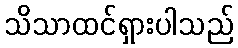
သိသာထင်ရှားပါသည်